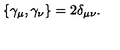
\{ \gamma _ { \mu } , \gamma _ { \nu } \} = 2 \delta _ { \mu \nu } .